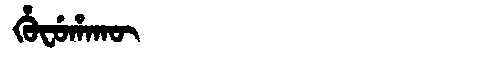
Manchu: ᡥᡠᠸᡠᡥᠠᡴᡡ
Romanization: HUFUHAKŪ